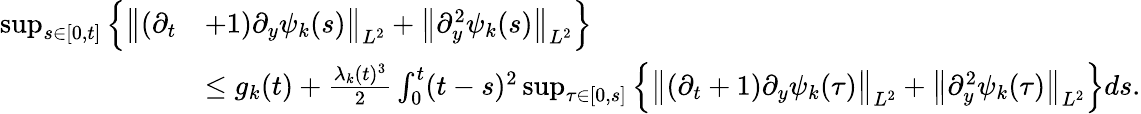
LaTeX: \begin{array}{rl}{\operatorname*{sup}_{s\in[0,t]}\Big\{ \big\| (\partial_{t}}&{+1)\partial_{y}\psi_{k}(s)\big\| _{L^{2}}+\big\| \partial_{y}^{2}\psi_{k}(s)\big\| _{L^{2}}\Big\} }\\ &{\leq g_{k}(t)+\frac{\lambda_{k}(t)^{3}}{2}\int_{0}^{t}(t-s)^{2}\operatorname*{sup}_{\tau\in[0,s]}\Big\{ \big\| (\partial_{t}+1)\partial_{y}\psi_{k}(\tau)\big\| _{L^{2}}+\big\| \partial_{y}^{2}\psi_{k}(\tau)\big\| _{L^{2}}\Big\} ds.}\end{array}